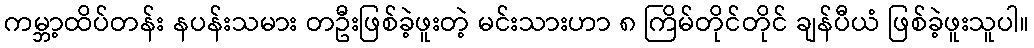
ကမ္ဘာ့ထိပ်တန်း နပန်းသမား တဦးဖြစ်ခဲ့ဖူးတဲ့ မင်းသားဟာ ၈ ကြိမ်တိုင်တိုင် ချန်ပီယံ ဖြစ်ခဲ့ဖူးသူပါ။